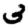
Digit: 3